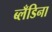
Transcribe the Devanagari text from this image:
ब्लँडिना